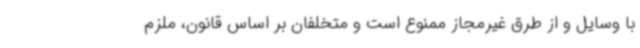
با وسایل و از طرق غیرمجاز ممنوع است و متخلفان بر اساس قانون، ملزم